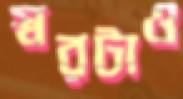
স্বরটাও